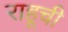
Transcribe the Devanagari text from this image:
राहूची